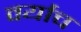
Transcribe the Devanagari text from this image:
वर्याच